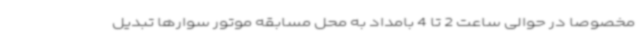
مخصوصا در حوالی ساعت 2 تا 4 بامداد به محل مسابقه موتور سوارها تبدیل